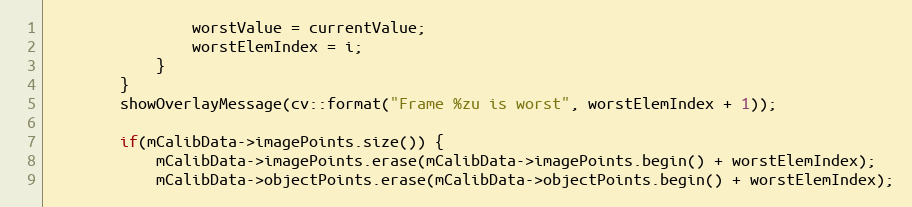
Language: C++
                worstValue = currentValue;
                worstElemIndex = i;
            }
        }
        showOverlayMessage(cv::format("Frame %zu is worst", worstElemIndex + 1));

        if(mCalibData->imagePoints.size()) {
            mCalibData->imagePoints.erase(mCalibData->imagePoints.begin() + worstElemIndex);
            mCalibData->objectPoints.erase(mCalibData->objectPoints.begin() + worstElemIndex);